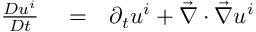
\begin{array} { r l r } { \frac { D u ^ { i } } { D t } } & { { } = } & { \partial _ { t } u ^ { i } + \vec { \nabla } \cdot \vec { \nabla } u ^ { i } } \end{array}